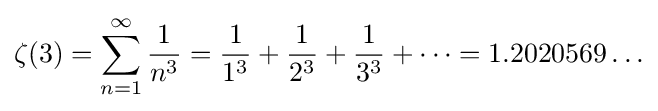
\zeta (3)=\sum _{n=1}^{\infty }{\frac {1}{n^{3}}}={\frac {1}{1^{3}}}+{\frac {1}{2^{3}}}+{\frac {1}{3^{3}}}+\cdots =1.2020569\ldots